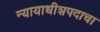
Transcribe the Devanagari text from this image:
न्यायाधीशपदाचा